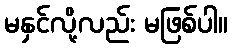
မနှင်လို့လည်း မဖြစ်ပါ။